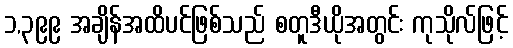
၁,၃၉၉ အချိန်အထိပင်ဖြစ်သည် စတူဒီယိုအတွင်း ကုသိုလ်ဖြင့်